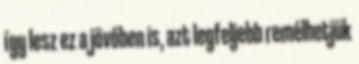
így lesz ez a jövőben is, azt legfeljebb remélhetjük